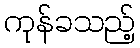
ကုန်ခသည့်